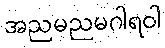
အညမညမဂါရဝါ